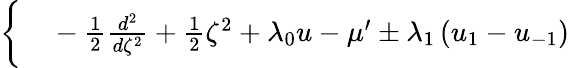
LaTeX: \begin{array}{rl}{\bigg\{ }&{{}-\frac{1}{2}\frac{d^{2}}{d\zeta^{2}}+\frac{1}{2}\zeta^{2}+\lambda_{0}u-\mu^{\prime}\pm\lambda_{1}\left(u_{1}-u_{-1}\right)}\end{array}